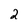
Character: 2